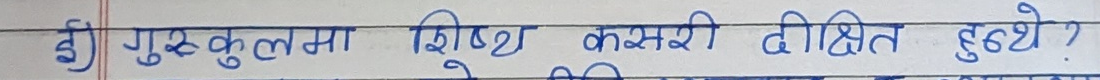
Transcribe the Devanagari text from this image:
१) गुरुकुलमा शिष्ट कसरी दीक्षित हुन्थे?